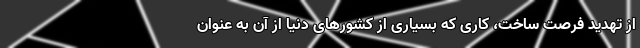
از تهدید فرصت ساخت، کاری که بسیاری از کشورهای دنیا از آن به عنوان